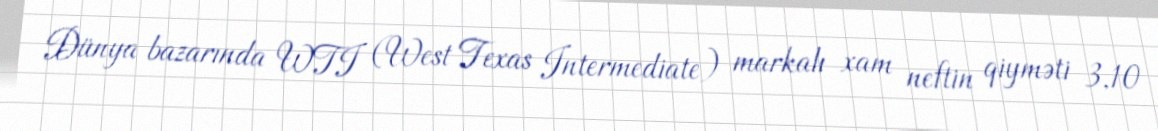
Dünya bazarında WTI (West Texas Intermediate) markalı xam neftin qiyməti 3,10